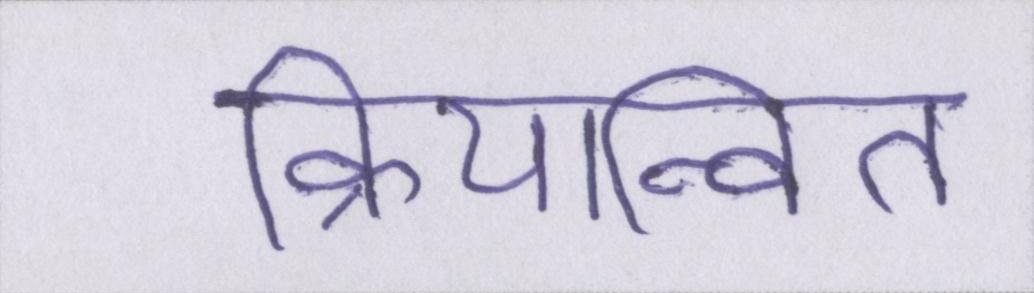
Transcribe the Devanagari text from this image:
क्रियान्वित